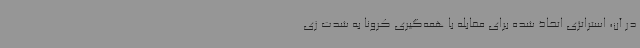
در آن، استراتژی اتخاذ شده برای مقابله با همه‌گیری کرونا به شدت زی